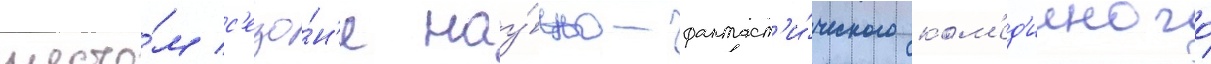
шесто́м с'езо́н'е нау́чно-фантаст'и́ческого ком'ед'ииного